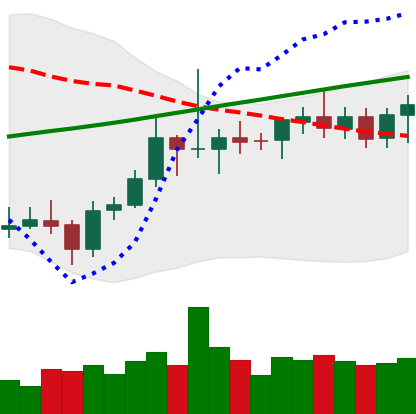
Ticker: ETC-USD
Chart end date: 2021-08-05
Forward return: 12.211%
Label: up_7plus